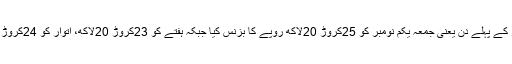
بھارتی میگزین ’انڈیا ٹو ڈے‘ کے مطابق فلم نے ریلیز کے پہلے دن یعنی جمعہ یکم نومبر کو 25کروڑ 20لاکھ روپے کا بزنس کیا جبکہ ہفتے کو 23کروڑ 20لاکھ، اتوار کو 24کروڑ 30لاکھ اور پیر کو 35کروڑ 91لاکھ روپے کمائے۔